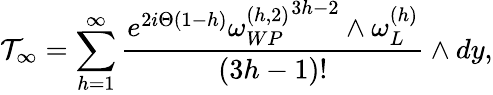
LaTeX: {\cal T}_{\infty}=\sum_{h=1}^{\infty}{\frac{e^{2i\Theta(1-h)}{\omega_{WP}^{(h,2)}}^{3h-2}\wedge\omega_{L}^{(h)}}{(3h-1)!}}\wedge dy,